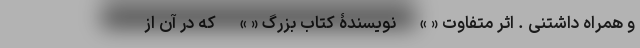
و همراه داشتنی . اثر متفاوت « »- نویسندۀ کتاب بزرگ « »- که در آن از